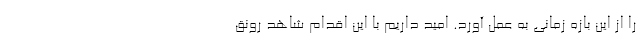
را از این بازه زمانی به عمل آورد. امید داریم با این اقدام شاهد رونق